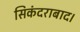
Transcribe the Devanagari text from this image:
सिकंदराबाद।